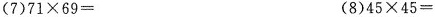
(7)$$71 \times 69=$$ (8)$$45 \times 45=$$